Lunatic asylums in Bengal annual reports 1899-1911 - 1899-1911
Year: 1899
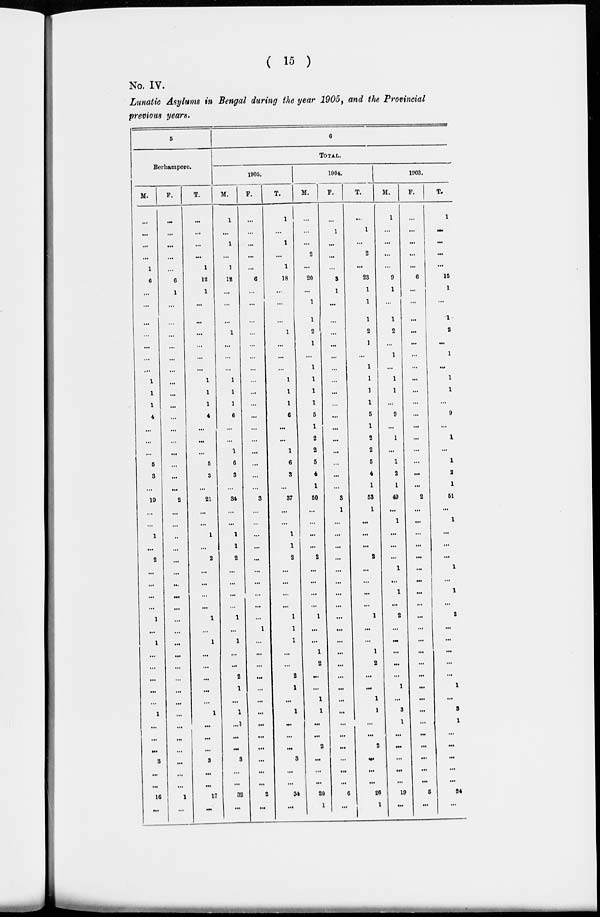
( 15 )
No. IV.
Lnaatic Asylum in Bengal during the year 1905, and the Provincial
previous years.
5
Berhampore.
M.
...
...
...
...
1
6
...
...
...
...
...
...
...
1
1
1
4
...
...
...
5
3
...
19
...
...
1
...
2
...
...
...
...
1
...
1
...
...
...
...
...
1
...
...
...
3
...
...
16
...
F.
...
...
...
...
...
6
1
...
...
...
...
...
...
...
...
...
...
...
...
...
...
...
...
2
...
...
...
...
...
...
...
...
...
...
...
...
...
...
...
...
...
...
...
...
...
...
...
...
1
...
T.
...
...
...
...
1
12
1
...
...
...
...
...
...
1
1
1
4
...
...
...
5
3
...
21
...
...
1
...
2
...
...
...
...
1
...
1
...
...
...
...
...
1
...
...
...
3
...
...
17
...
6
TOTAL.
1905.
M.
1
...
1
...
1
12
...
...
...
1
...
...
...
1
1
1
6
...
...
1
6
3
...
34
...
...
1
1
2
...
...
...
...
1
...
1
...
...
2
1
...
1
...
...
...
3
...
...
32
...
F.
...
...
...
...
...
6
...
...
...
...
...
...
...
...
...
...
...
...
...
...
...
...
...
3
...
...
...
...
...
...
...
...
...
...
1
...
...
...
...
...
...
...
...
...
...
...
...
...
2
...
T.
1
...
1
...
1
18
...
...
...
1
...
...
...
1
1
1
6
...
...
1
6
3
...
37
...
...
1
1
2
...
...
...
...
1
1
1
...
...
2
1
...
1
...
...
...
3
...
...
34
...
1904.
M.
...
...
...
2
...
20
...
1
1
2
1
...
1
1
1
1
5
1
2
2
5
4
1
50
...
...
...
...
2
...
...
...
...
1
...
...
1
2
...
...
1
1
...
...
2
...
...
...
20
1
F.
...
1
...
...
...
3
1
...
...
...
...
...
...
...
...
...
...
...
...
...
...
...
...
3
1
...
...
...
...
...
...
...
...
...
...
...
...
...
...
...
...
...
...
...
...
...
...
...
6
...
T.
...
1
...
2
...
23
1
1
1
2
1
...
1
1
1
1
5
1
2
2
5
4
1
53
1
...
...
...
2
...
...
...
...
1
...
...
1
2
...
...
1
1
...
...
2
...
...
...
26
1
1903.
M.
1
...
...
...
...
9
1
...
1
2
...
1
...
1
1
...
9
...
1
...
1
2
1
49
...
1
...
...
...
1
...
1
...
2
...
...
...
...
...
1
...
3
1
...
...
...
...
...
19
...
F.
...
...
...
...
...
6
...
...
...
...
...
...
...
...
...
...
...
...
...
...
...
...
...
2
...
...
...
...
...
...
...
...
...
...
...
...
...
...
...
...
...
...
...
...
...
...
...
...
5
...
T.
1
...
...
...
...
15
1
...
1
2
...
1
...
1
1
...
9
...
1
...
1
2
1
51
...
1
...
....
...
1
...
1
...
2
...
...
...
...
...
1
...
3
1
...
....
...
...
...
24
...